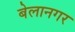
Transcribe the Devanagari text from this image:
बेलानगर